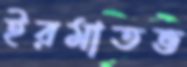
ইরমাতভ